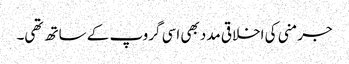
جرمنی کی اخلاقی مدد بھی اسی گروپ کے ساتھ تھی۔